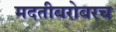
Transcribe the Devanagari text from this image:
मदतीबरोबरच